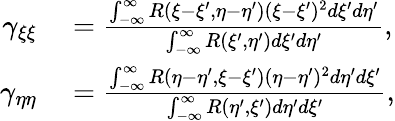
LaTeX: \begin{array}{rl}{\gamma_{\xi\xi}}&{{}=\frac{\int_{-\infty}^{\infty}R(\xi-\xi^{\prime},\eta-\eta^{\prime})(\xi-\xi^{\prime})^{2}d\xi^{\prime}d\eta^{\prime}}{\int_{-\infty}^{\infty}R(\xi^{\prime},\eta^{\prime})d\xi^{\prime}d\eta^{\prime}},}\\ {\gamma_{\eta\eta}}&{{}=\frac{\int_{-\infty}^{\infty}R(\eta-\eta^{\prime},\xi-\xi^{\prime})(\eta-\eta^{\prime})^{2}d\eta^{\prime}d\xi^{\prime}}{\int_{-\infty}^{\infty}R(\eta^{\prime},\xi^{\prime})d\eta^{\prime}d\xi^{\prime}},}\end{array}